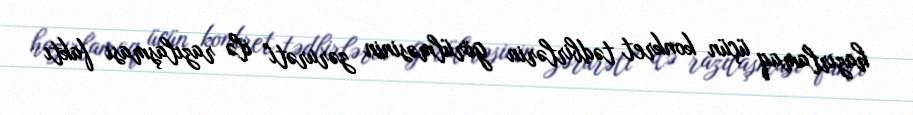
hazırlamaq üçün konkret tədbirlərin görülməsinin zərurəti" ilə razılaşması faktı